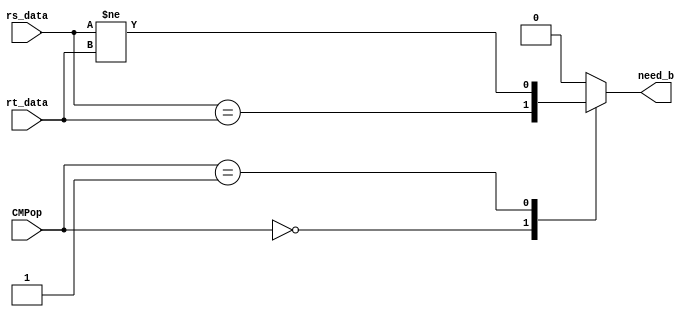
module D_CMP (
    input [31:0] rs_data,
    input [31:0] rt_data,
    input [3:0] CMPop, 
    output reg need_b
);
    always @(*) begin
        case(CMPop)
            0: begin
                need_b = (rs_data == rt_data);
            end
            1: begin
                need_b = (rs_data != rt_data);
            end 
            default: begin
                need_b = 0;
            end 

        endcase
    end

endmodule